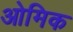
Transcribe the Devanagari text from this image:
ओमिक